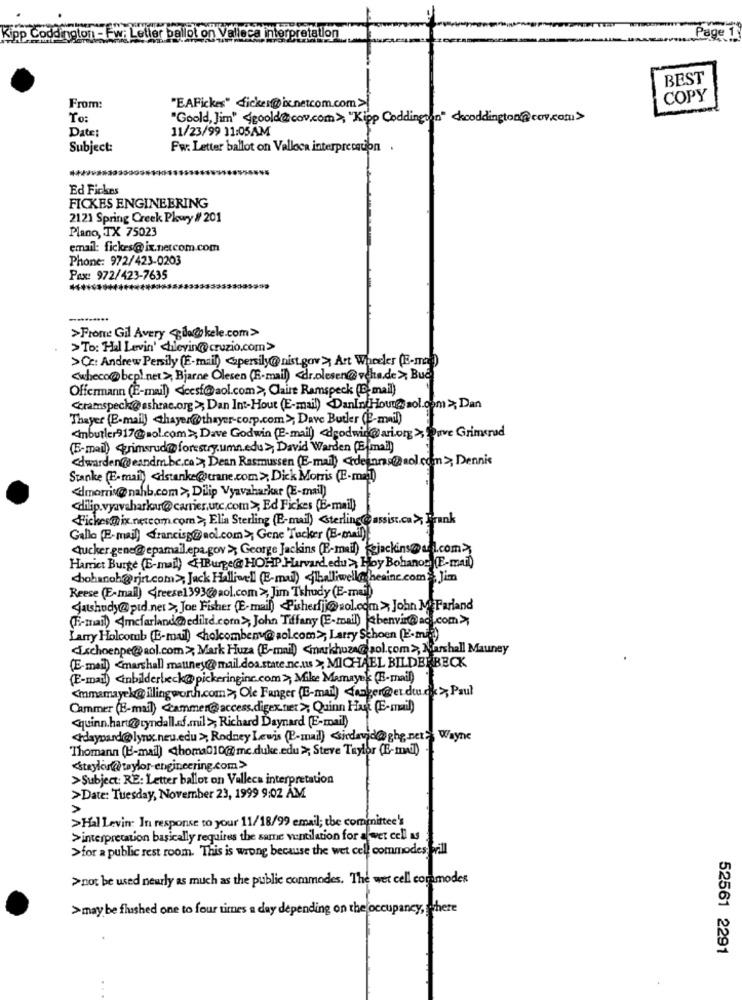
Kipp Co
interpretation
Page 1
BEST
COPY
From:
"EAFickes" dicken@ bxc.netcom.com>
To:
"Goold, Jim" <goold@cov.com>, "Kipp Coddington" chcoddington@cov.com>
Date:
11/23/99 11:05AM
Subject:
Fw: Letter ballot on Valloca interpretation
Ed Fickes
FICKES ENGINEERING
2121 Spring Creek Pkwy # 201
Plano, TX 75023
email: fickes@ ix.netcom.com
Phone: 972/423-0203
Pax: 972/423-7635
..........
>Frome Gil Avery <ila@ kele.com>
>To: Hal Levin' <lilevin@cruzio.com>
>Ce: Andrew Persily (E-mail) <apersily@nist.gov> Art Wheeler (E-mail)
<wheco@bcp !. net>, Bjarne Olesen (E-mail) <dr.olesen@veha.de > Bue
Offermann (E-mail) <ecsf@aol.com>, Claire Ramspeck (E. mail)
Ceramspeck@sshrac.org > Dan Int-Hout (E-mail) DanIntHour@ aol.com> Dan
Thayer (E-mail) thayer@thayer-corp.com>, Dave Butler (E-mail)
<< nbutler917@aol.com>, Dave Godwin (E-mail) <dgodwin@ari.org> Dive Grimsrud
(E-mail) Grimsrud@ forestry.umn.edu>, David Warden (Email)
edwarden@eandm.be.co> Dean Rasmussen (E-mail) odeaan @aol.com>, Dennis
Stanke (E-mail) <stanke@trane.com>, Dick Morris (E-mail)
<dmorris@nahb.com >, Dilip Vyavaharker (E-mail)
dilip. vyavaharkur@ carrier.utc.com>, Ed Fickes (E-mail)
<Fickesmix.netcom.com>, Elia Sterling (E-mail) <sterling@ assist.ca> Frank
Gallo (E-mail) francisg@aol.com> Gene Tucker (E-mail).
Tucker gene@epamail.epa.gov> George Jackins (E-mail) (gjackins@ url.com'>
Hamrict Burge (E-mail) HBurge@ HOHP.Hurvard.edu > Hoy Bohanon (E-mail)
chohanoh@ rirt.com>, Jack Halliwell (E-mu) <halliwell@ hesinc.com> Jim
Reese (E-mail) "reese1393@aol.com>, Jim Tshudy (E-mail)
Satshody@ pid.net > Joe Fisher (E-mail) Pisherfi@ aol.com >, John MeFarland
(E-mail) <mcfarland@edile.com>, John Tiffany (E-mail) @benvin@ac.com>
Larry Holcomb (E-mail) <holcombeny@aol.com>, Larry Schoen (.mid))
schoenpe@aol.com > Mark Huza (E-mail) <markhuza@aol.com >, Marshall Mauney
(E-mail) <marshall mauney@ mail.doa.state.ne.ws > MICHAEL BILDERBECK
(E-mail) <inbilderbeck@pickeringinc.com > Mike Manayak (E-mail)
<mmamayek@ illingworth.com> Ole Fanger (E-mail) <anger@et du.dk > Paul
Cammer (E-mail) cammen@access.digen.net > Quinn Hut (E-mail)
<quinn.hart@@tyndall.ed.mil>; Richard Daynard (E-mail)
<daypard@lynx.neu.edu >, Rodney Lewis (P-mail) <siedavid@ghe.net, Wayne
Thomann (E-mail) thoma010@mc.duke.edu>; Steve Taylor (E-mail)
<< taylor@taylor-engineering.com>
>Subject: RE: Letter ballot on Valleca interpretation
>Date: Tuesday, November 23, 1999 9:02 AM
>Hal Levin In response to your 11/18/99 email; the committee's
>interpretation basically requires the same ventilation for alwet cell as
>for a public rest room. This is wrong because the wet cell commodes; brill
>not be used nearly as much as the public commodes. The wet cell commodes
>may be flushed one to four times a day depending on the occupancy, where
52561 2291